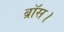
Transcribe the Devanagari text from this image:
ब्रॉस।